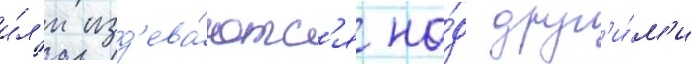
и́л'и изд'ева́ютс'я на́д друг'и́м'и